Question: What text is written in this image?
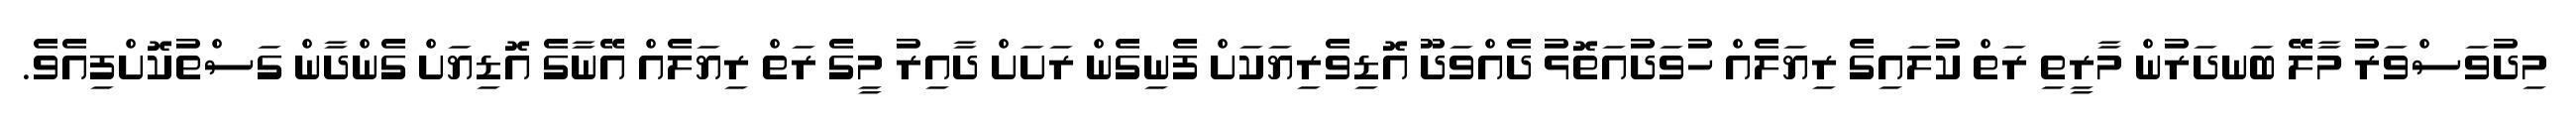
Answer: މިދުވަސްވަރު މާލޭ ބަނދަރުން މާރީތި ރަތް ކުލައިގެ ރިޔަލެއް ހުވަދުއަތޮޅު ދެއްވަދޫ އޮޑިވެރިޔަކަށް ފެނިގެން ރަށަށް ދާއިރު މީގެ ރަތް ރިޔަލެއް އޭނާގެ އޮޑިޔަށް ގެންދާން ގަސްތުކޮށްފިއެވެ.